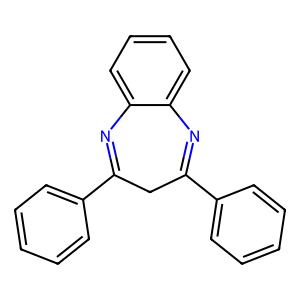
SMILES: c1ccc(C2=Nc3ccccc3N=C(c3ccccc3)C2)cc1
Inhibits HIV replication: No